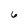
Character: 6